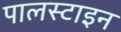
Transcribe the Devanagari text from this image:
पालस्टाइन